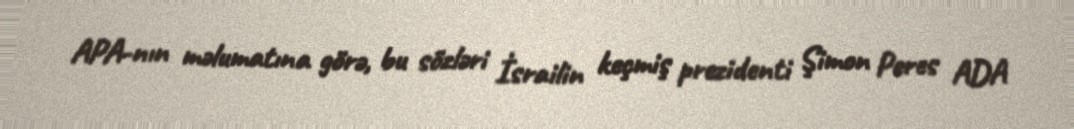
APA-nın məlumatına görə, bu sözləri İsrailin keçmiş prezidenti Şimon Peres ADA